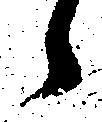
候